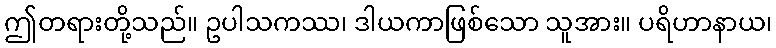
ဤတရားတို့သည်။ ဥပါသကဿ၊ ဒါယကာဖြစ်သော သူအား။ ပရိဟာနာယ၊